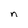
Character: n